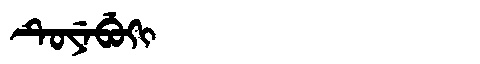
Manchu: ᡨᡠᠶᡝᠪᡠᡴᡳ
Romanization: TUYEBUKI